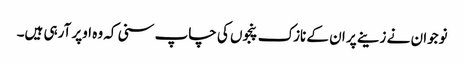
نوجوان نے زینے پر ان کے نازک پنجوں کی چاپ سنی کہ وہ اوپر آرہی ہیں۔